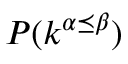
P ( k ^ { \alpha \preceq \beta } )